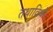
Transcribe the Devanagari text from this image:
तथाविधो